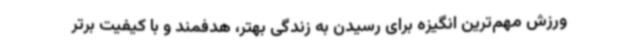
ورزش مهم‌ترین انگیزه برای رسیدن به زندگی بهتر، هدفمند و با کیفیت برتر